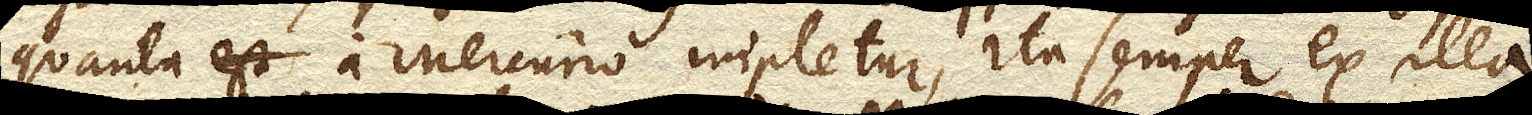
quanta a Mercurio impletur, ita semper ex illa